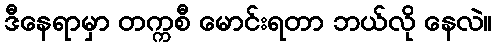
ဒီနေရာမှာ တက္ကစီ မောင်းရတာ ဘယ်လို နေလဲ။